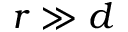
r \gg d